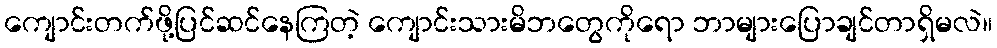
ကျောင်းတက်ဖို့ပြင်ဆင်နေကြတဲ့ ကျောင်းသားမိဘတွေကိုရော ဘာများပြောချင်တာရှိမလဲ။